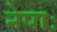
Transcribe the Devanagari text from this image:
नेपाः